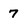
Character: 7